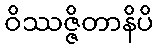
ဝိဿဇ္ဇိတာနိပိ